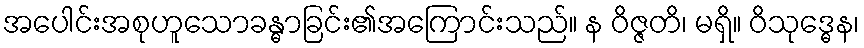
အပေါင်းအစုဟူသောခန္ဓာခြင်း၏အကြောင်းသည်။ န ဝိဇ္ဇတိ၊ မရှိ။ ဝိသုဒ္ဓေန၊